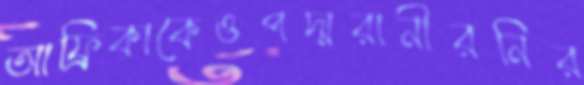
আফ্রিকাকেওপদ্মরানীরনির